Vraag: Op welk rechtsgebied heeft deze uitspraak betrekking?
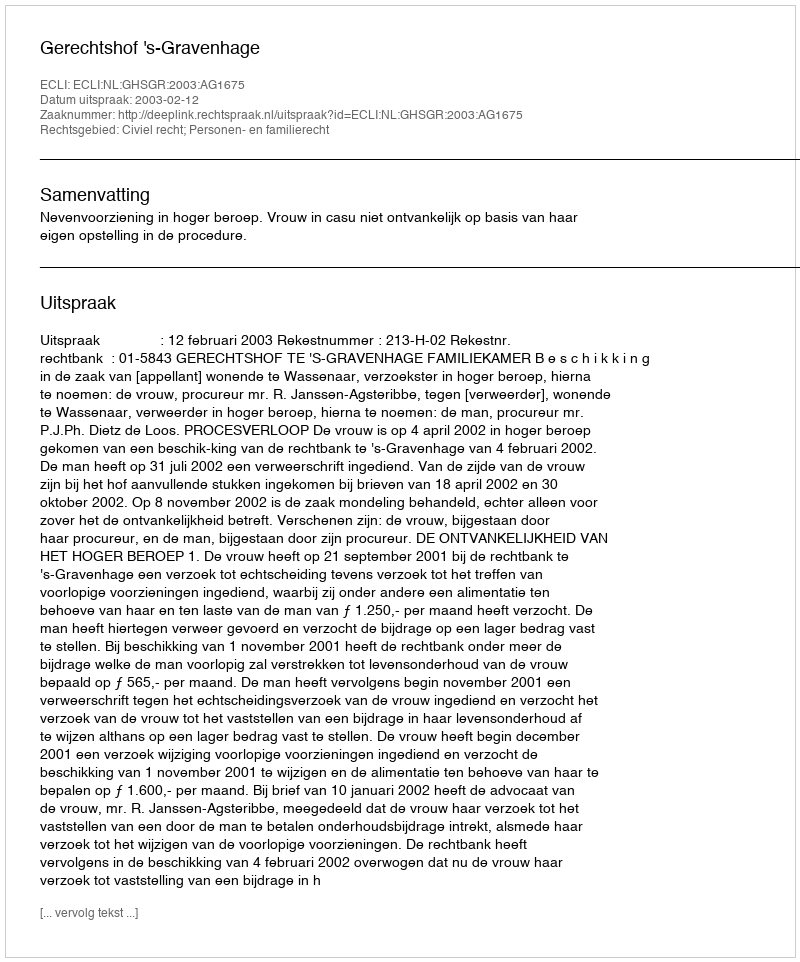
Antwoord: Civiel recht; Personen- en familierecht